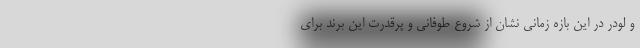
و لودر در این بازه زمانی نشان از شروع طوفانی و پرقدرت این برند برای